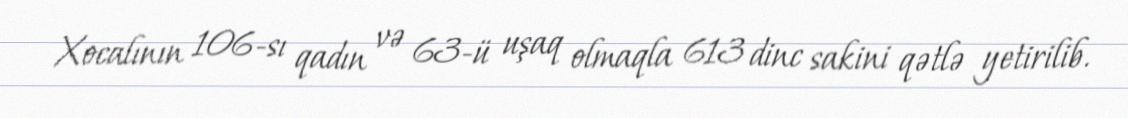
Xocalının 106-sı qadın və 63-ü uşaq olmaqla 613 dinc sakini qətlə yetirilib.